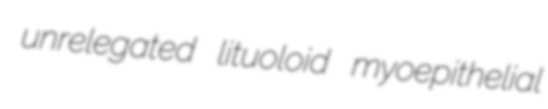
unrelegated lituoloid myoepithelial